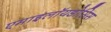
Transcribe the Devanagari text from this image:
एमाइलॉयडोसिस